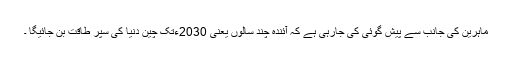
ماہرین کی جانب سے پیش گوئی کی جارہی ہے کہ آئندہ چند سالوں یعنی 2030ءتک چین دنیا کی سپر طاقت بن جائیگا ۔